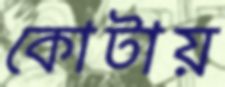
কোটায়